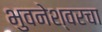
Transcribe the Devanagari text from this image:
भुवनेश्वरचा